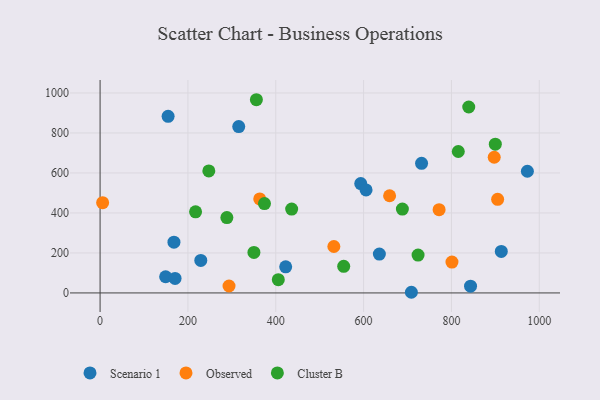
{"axis": {"x": "Speed", "y": "Exam Score"}, "legend": ["Cluster B", "Observed", "Scenario 1"], "data": [{"x": "913.5", "y": 207.5, "type": "Scenario 1"}, {"x": "154.9", "y": 883.1, "type": "Scenario 1"}, {"x": "229.3", "y": 162.8, "type": "Scenario 1"}, {"x": "315.7", "y": 831.7, "type": "Scenario 1"}, {"x": "593.5", "y": 547.0, "type": "Scenario 1"}, {"x": "635.9", "y": 194.4, "type": "Scenario 1"}, {"x": "422.6", "y": 130.4, "type": "Scenario 1"}, {"x": "972.9", "y": 608.6, "type": "Scenario 1"}, {"x": "732.0", "y": 648.2, "type": "Scenario 1"}, {"x": "149.2", "y": 81.0, "type": "Scenario 1"}, {"x": "605.6", "y": 515.3, "type": "Scenario 1"}, {"x": "843.5", "y": 34.0, "type": "Scenario 1"}, {"x": "170.7", "y": 72.6, "type": "Scenario 1"}, {"x": "168.2", "y": 253.6, "type": "Scenario 1"}, {"x": "708.8", "y": 3.3, "type": "Scenario 1"}, {"x": "293.6", "y": 34.6, "type": "Observed"}, {"x": "5.8", "y": 451.4, "type": "Observed"}, {"x": "905.2", "y": 468.3, "type": "Observed"}, {"x": "532.3", "y": 232.2, "type": "Observed"}, {"x": "801.2", "y": 154.5, "type": "Observed"}, {"x": "771.9", "y": 416.3, "type": "Observed"}, {"x": "659.2", "y": 486.0, "type": "Observed"}, {"x": "363.5", "y": 470.2, "type": "Observed"}, {"x": "897.4", "y": 678.5, "type": "Observed"}, {"x": "554.7", "y": 133.0, "type": "Cluster B"}, {"x": "899.9", "y": 744.0, "type": "Cluster B"}, {"x": "350.3", "y": 202.5, "type": "Cluster B"}, {"x": "724.0", "y": 189.4, "type": "Cluster B"}, {"x": "688.3", "y": 419.4, "type": "Cluster B"}, {"x": "374.3", "y": 447.0, "type": "Cluster B"}, {"x": "839.4", "y": 929.9, "type": "Cluster B"}, {"x": "355.9", "y": 966.2, "type": "Cluster B"}, {"x": "247.6", "y": 610.2, "type": "Cluster B"}, {"x": "288.7", "y": 377.1, "type": "Cluster B"}, {"x": "436.2", "y": 419.2, "type": "Cluster B"}, {"x": "815.6", "y": 707.4, "type": "Cluster B"}, {"x": "405.8", "y": 66.1, "type": "Cluster B"}, {"x": "217.4", "y": 405.8, "type": "Cluster B"}]}